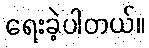
ရေးခဲ့ပါတယ်။